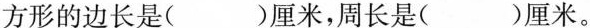
方形的边长是( )厘米，周长是( )厘米。